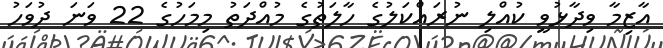
އާޒިމާ ވިދާޅުވީ ކުއްލި ނުރައްކަލުގެ ހާލަތުގެ މުއްދަތު މިމަހުގެ 22 ވަނަ ދުވަހު